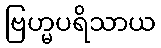
ဗြဟ္မပရိသာယ